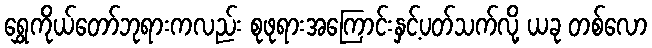
ရွှေကိုယ်တော်ဘုရားကလည်း စုဖုရားအကြောင်းနှင့်ပတ်သက်လို့ ယခု တစ်လော